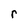
Character: r